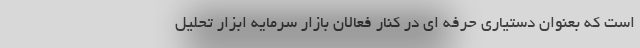
است که بعنوان دستیاری حرفه ای در کنار فعالان بازار سرمایه ابزار تحلیل